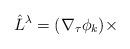
LaTeX: \begin{align*}\hat{L}^{\lambda}=(\nabla_{\tau}\phi_k) \times\end{align*}